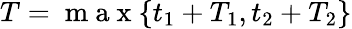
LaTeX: T=\mathrm{~m~a~x~}\{ t_{1}+T_{1},t_{2}+T_{2}\}